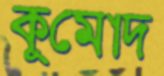
কুমোদ